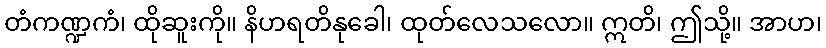
တံကဏ္ဍကံ၊ ထိုဆူးကို။ နိဟရတိနုခေါ၊ ထုတ်လေသလော။ ဣတိ၊ ဤသို့။ အာဟ၊